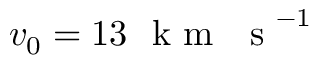
v _ { 0 } = 1 3 ~ \mathrm { ~ k ~ m ~ ~ ~ s ~ } ^ { - 1 }